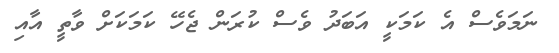
ނަމަވެސް އެ ކަމަކީ އަބަދު ވެސް ކުރަން ޖެހޭ ކަމަކަށް ވާތީ އާއި